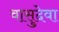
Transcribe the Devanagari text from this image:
वासुदेवा